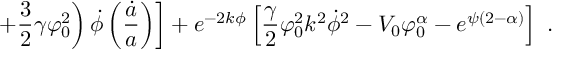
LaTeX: \ \ \left. \left. + \frac { 3 } { 2 } \gamma \varphi _ { 0 } ^ { 2 } \right) \dot { \phi } \left( \frac { \dot { a } } { a } \right) \right] + e ^ { - 2 k \phi } \left[ \frac { \gamma } { 2 } \varphi _ { 0 } ^ { 2 } k ^ { 2 } \dot { \phi } ^ { 2 } - V _ { 0 } \varphi _ { 0 } ^ { \alpha } - e ^ { \psi ( 2 - \alpha ) } \right] \ .